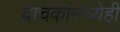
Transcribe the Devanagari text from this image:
वाचकांमध्येही